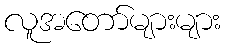
လူအတော်များများ